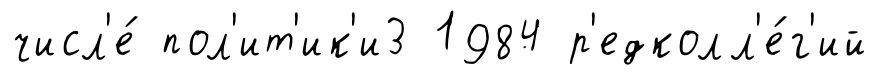
числ'е́ пол'ит'ик'и3 1984 р'едколл'е́г'ий